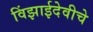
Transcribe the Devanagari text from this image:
विंझाईदेवीचे